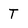
Character: T